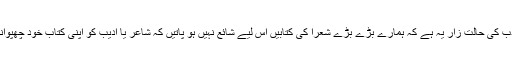
آج ہمارے ادب کی حالتِ زار یہ ہے کہ ہمارے بڑے بڑے شعرا کی کتابیں اس لیے شائع نہیں ہو پاتیں کہ شاعر یا ادیب کو اپنی کتاب خود چھپوانی پڑتی ہے۔